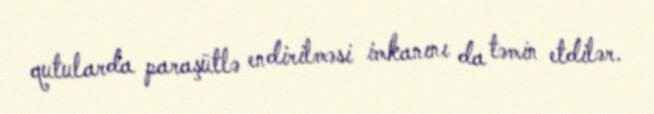
qutularda paraşütlə endirilməsi imkanını da təmin etdilər.